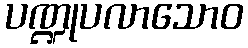
ပဏ္ဍုပလာသောဝ